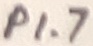
Text: P1.7